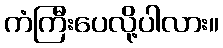
ကံကြီးပေလို့ပါလား။